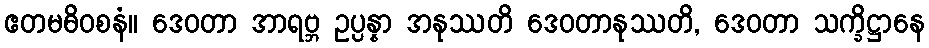
ဧတမဓိဝစနံ။ ဒေဝတာ အာရဗ္ဘ ဥပ္ပန္နာ အနုဿတိ ဒေဝတာနုဿတိ, ဒေဝတာ သက္ခိဋ္ဌာနေ